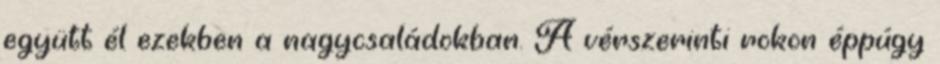
együtt él ezekben a nagycsaládokban. A vérszerinti rokon éppúgy